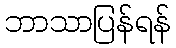
ဘာသာပြန်ရန်